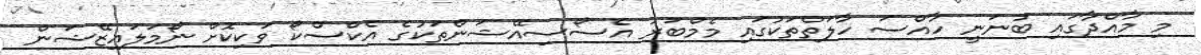
މި މާއްދާގައި ބުނަނީ ހާއްސަ ހާލަތްތަކުގައި މެމްބަރު އެސޯސިއޭޝަންތަކުގެ އެކްސްކޯ ވަކިކޮށް ނޯމަލައިޒޭޝަން